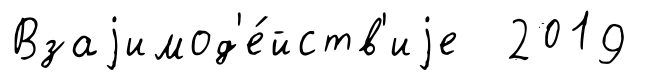
Взаjимод'е́йств'иjе 2019